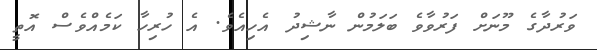
ވަރުދާގެ މޫނަށް ފަރުވާވެ ބަލަމުން ނާޝިދު އެހިއެވެ. އެ ހުރިހާ ކަމެއްވެސް އޮތީ